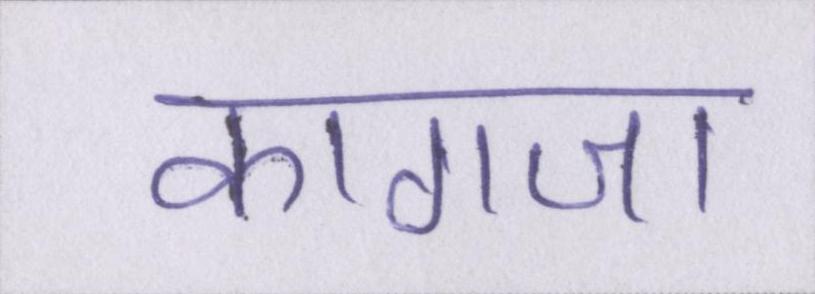
कागजा